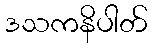
ဒသကနိပါတ်